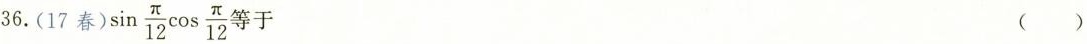
36.(17春)$$\sin \frac{\pi}{12}\cos \frac{\pi}{12}$$ 等于 ()